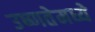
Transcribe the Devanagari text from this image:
उष्णतेमध्ये